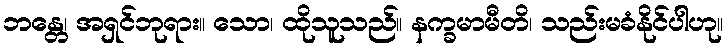
ဘန္တေ၊ အရှင်ဘုရား။ သော၊ ထိုသူသည်။ နက္ခမာမီတိ၊ သည်းမခံနိုင်ပါဟု။